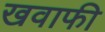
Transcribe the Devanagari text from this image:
खवाफी